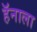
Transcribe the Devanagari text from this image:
हॅनाला